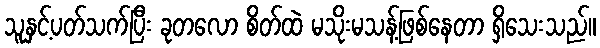
သူနှင့်ပတ်သက်ပြီး ခုတလော စိတ်ထဲ မသိုးမသန့်ဖြစ်နေတာ ရှိသေးသည်။